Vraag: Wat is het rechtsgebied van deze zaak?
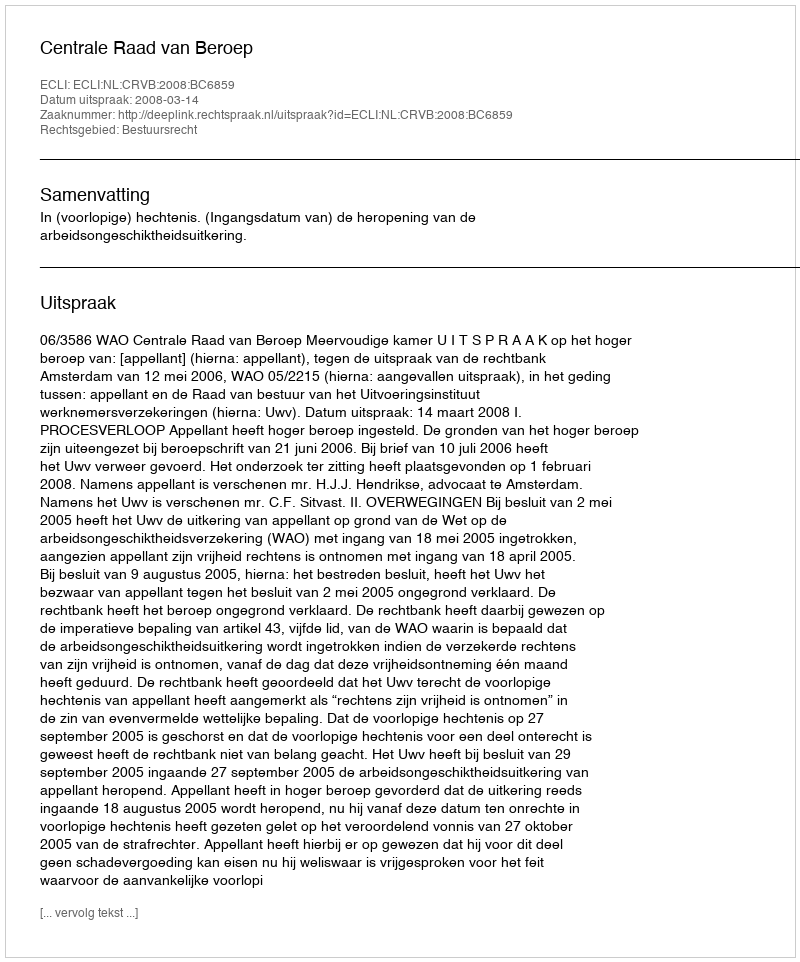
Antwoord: Bestuursrecht